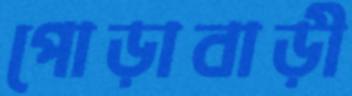
পোড়াবাড়ী